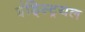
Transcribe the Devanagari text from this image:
इंड्स्ट्रियल